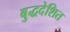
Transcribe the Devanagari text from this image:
बुद्धदेशित